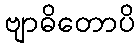
ဗျာဓိတောပိ